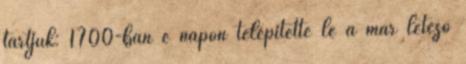
tartjuk: 1700-ban e napon telepítette le a már létező